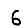
Digit: 6